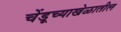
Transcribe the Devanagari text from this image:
चेंडूच्याखेळातील